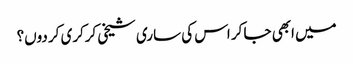
میں ابھی جا کر اس کی ساری شیخی کرکری کر دوں؟